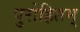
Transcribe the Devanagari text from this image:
पुरोहितम्